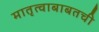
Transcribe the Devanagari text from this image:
मातृत्वाबाबतची